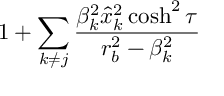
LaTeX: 1 + \sum _ { k \ne j } { \frac { \beta _ { k } ^ { 2 } \hat { x } _ { k } ^ { 2 } \cosh ^ { 2 } \tau } { r _ { b } ^ { 2 } - \beta _ { k } ^ { 2 } } }